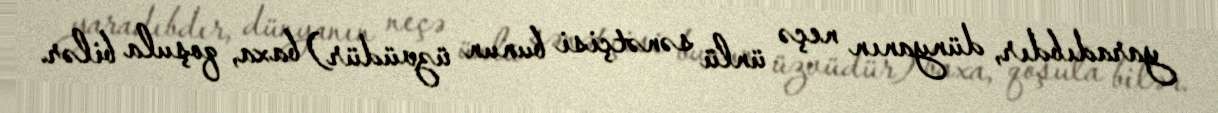
yaradıbdır, dünyanın neçə ünlü sənətçisi bunun üzvüdür) baxa, qoşula bilər.